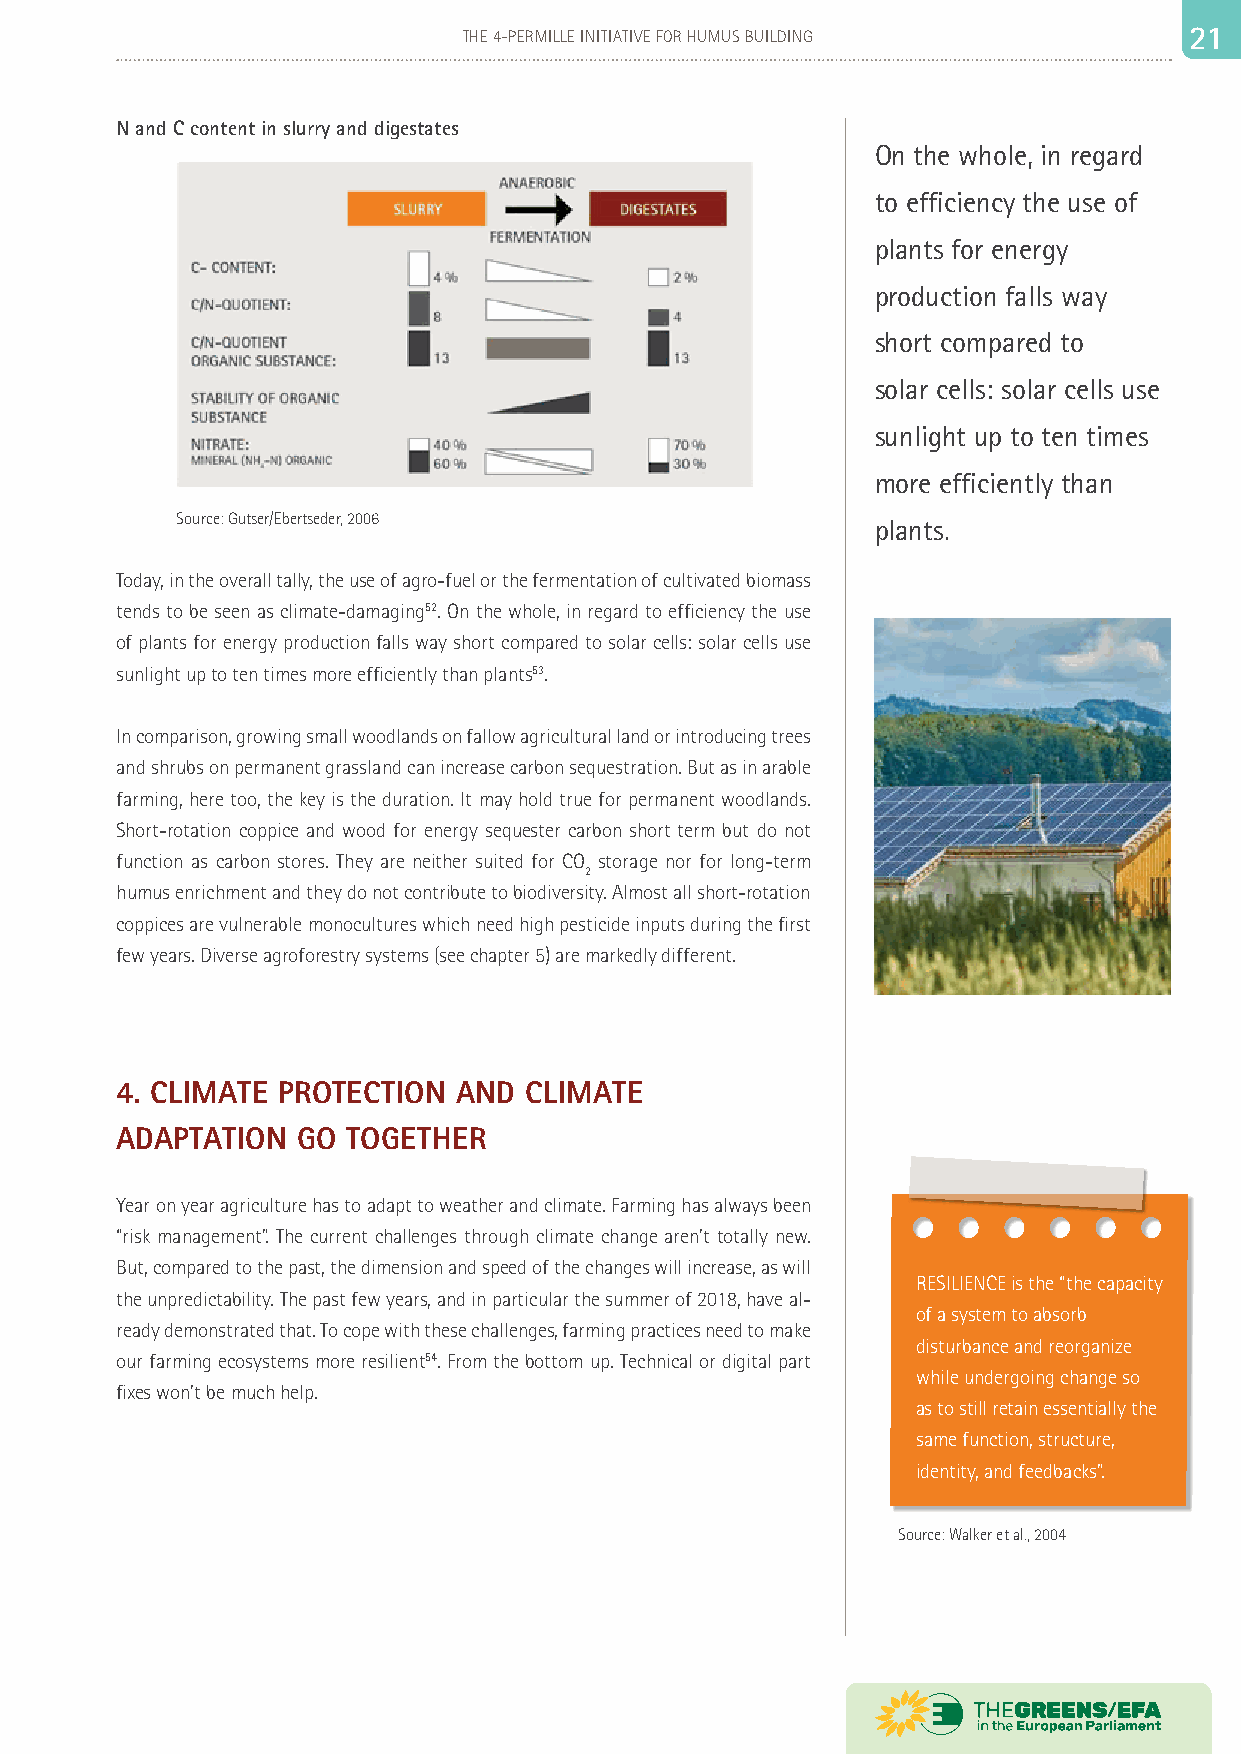
20                             THE 4-PERMILLE INITIATIVE FOR HUMUS BUILDING   22 11
 N and C content in slurry and digestates
 On the whole, in regard
 to efficiency the use of
 plants for energy
 production falls way
 short compared to
 solar cells: solar cells use
 sunlight up to ten times
 more efficiently than
 Source: Gutser/Ebertseder, 2006               plants.
 Today, in the overall tally, the use of agro-fuel or the fermentation of cultivated biomass
 tends to be seen as climate-damaging52. On the whole, in regard to efficiency the use
 of plants for energy production falls way short compared to solar cells: solar cells use
 sunlight up to ten times more efficiently than plants53.
 In comparison, growing small woodlands on fallow agricultural land or introducing trees
 and shrubs on permanent grassland can increase carbon sequestration. But as in arable
 farming, here too, the key is the duration. It may hold true for permanent woodlands.
 Short-rotation coppice and wood for energy sequester carbon short term but do not
 function as carbon stores. They are neither suited for CO storage nor for long-term
 2
 humus enrichment and they do not contribute to biodiversity. Almost all short-rotation
 coppices are vulnerable monocultures which need high pesticide inputs during the first
 few years. Diverse agroforestry systems (see chapter 5) are markedly different.
 4. CLIMATE PROTECTION AND  CLIMATE
 ADAPTATION  GO TOGETHER
 Year on year agriculture has to adapt to weather and climate. Farming has always been
 “risk management”. The current challenges through climate change aren’t totally new.
 But, compared to the past, the dimension and speed of the changes will increase, as will
 RESILIENCE is the “the capacity
 the unpredictability. The past few years, and in particular the summer of 2018, have al-
 of a system to absorb
 ready demonstrated that. To cope with these challenges, farming practices need to make
 disturbance and reorganize
 our farming ecosystems more resilient54. From the bottom up. Technical or digital part
 while undergoing change so
 fixes won’t be much help.
 as to still retain essentially the
 same function, structure,
 identity, and feedbacks”.
 Source: Walker et al., 2004